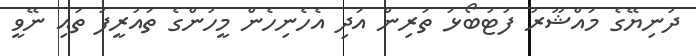
ދުނިޔޭގެ މައްޝޫރު ފުޓުބޯޅަ ތަރިން އަދި އެހެނިހެން މީހުންގެ ތައުރީފު ތައި ނޭވީ